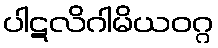
ပါဋလိဂါမိယဝဂ္ဂ